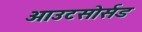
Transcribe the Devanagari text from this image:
आउटसोर्सड